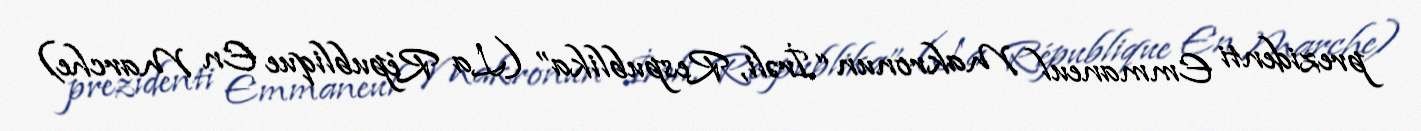
prezidenti Emmaneul Makronun “İrəli, Respublika” (La République En Marche)